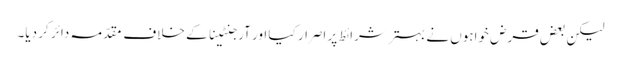
لیکن بعض قرض خواہوں نے بہتر شرائط پر اصرار کیا اور آرجنٹینا کے خلاف مقدّمہ دائر کر دیا۔